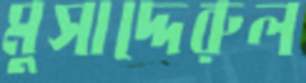
মুসাদ্দেরুল